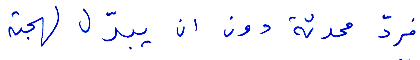
فردّ محدته دون ان يبدّل لهجته